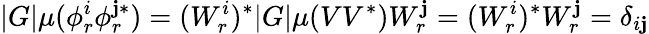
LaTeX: |G|\mu(\phi_{r}^{i}\phi_{r}^{\mathbf{j}*})=(W_{r}^{i})^{*}|G|\mu(VV^{*})W_{r}^{\mathbf{j}}=(W_{r}^{i})^{*}W_{r}^{\mathbf{j}}=\delta_{i\mathbf{j}}